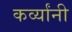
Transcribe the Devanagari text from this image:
कर्व्यांनी